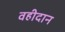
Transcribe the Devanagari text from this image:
वहीदान